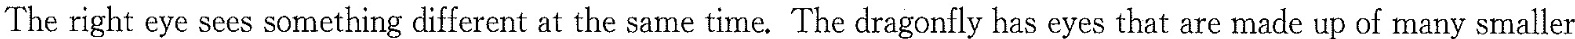
The right eye sees something different at the same time.The dragonfly has eyes that are made up of many smaller